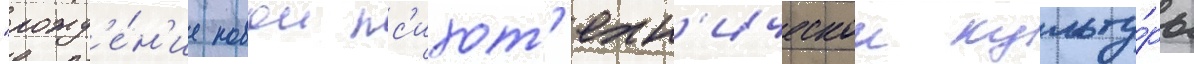
"рожд'е́н'ие новои пс'ихот'ехн'ическои культу́ры